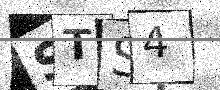
Text: STS4